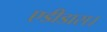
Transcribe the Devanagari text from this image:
एडीडास।